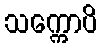
သက္ကောပိ